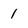
Character: 1